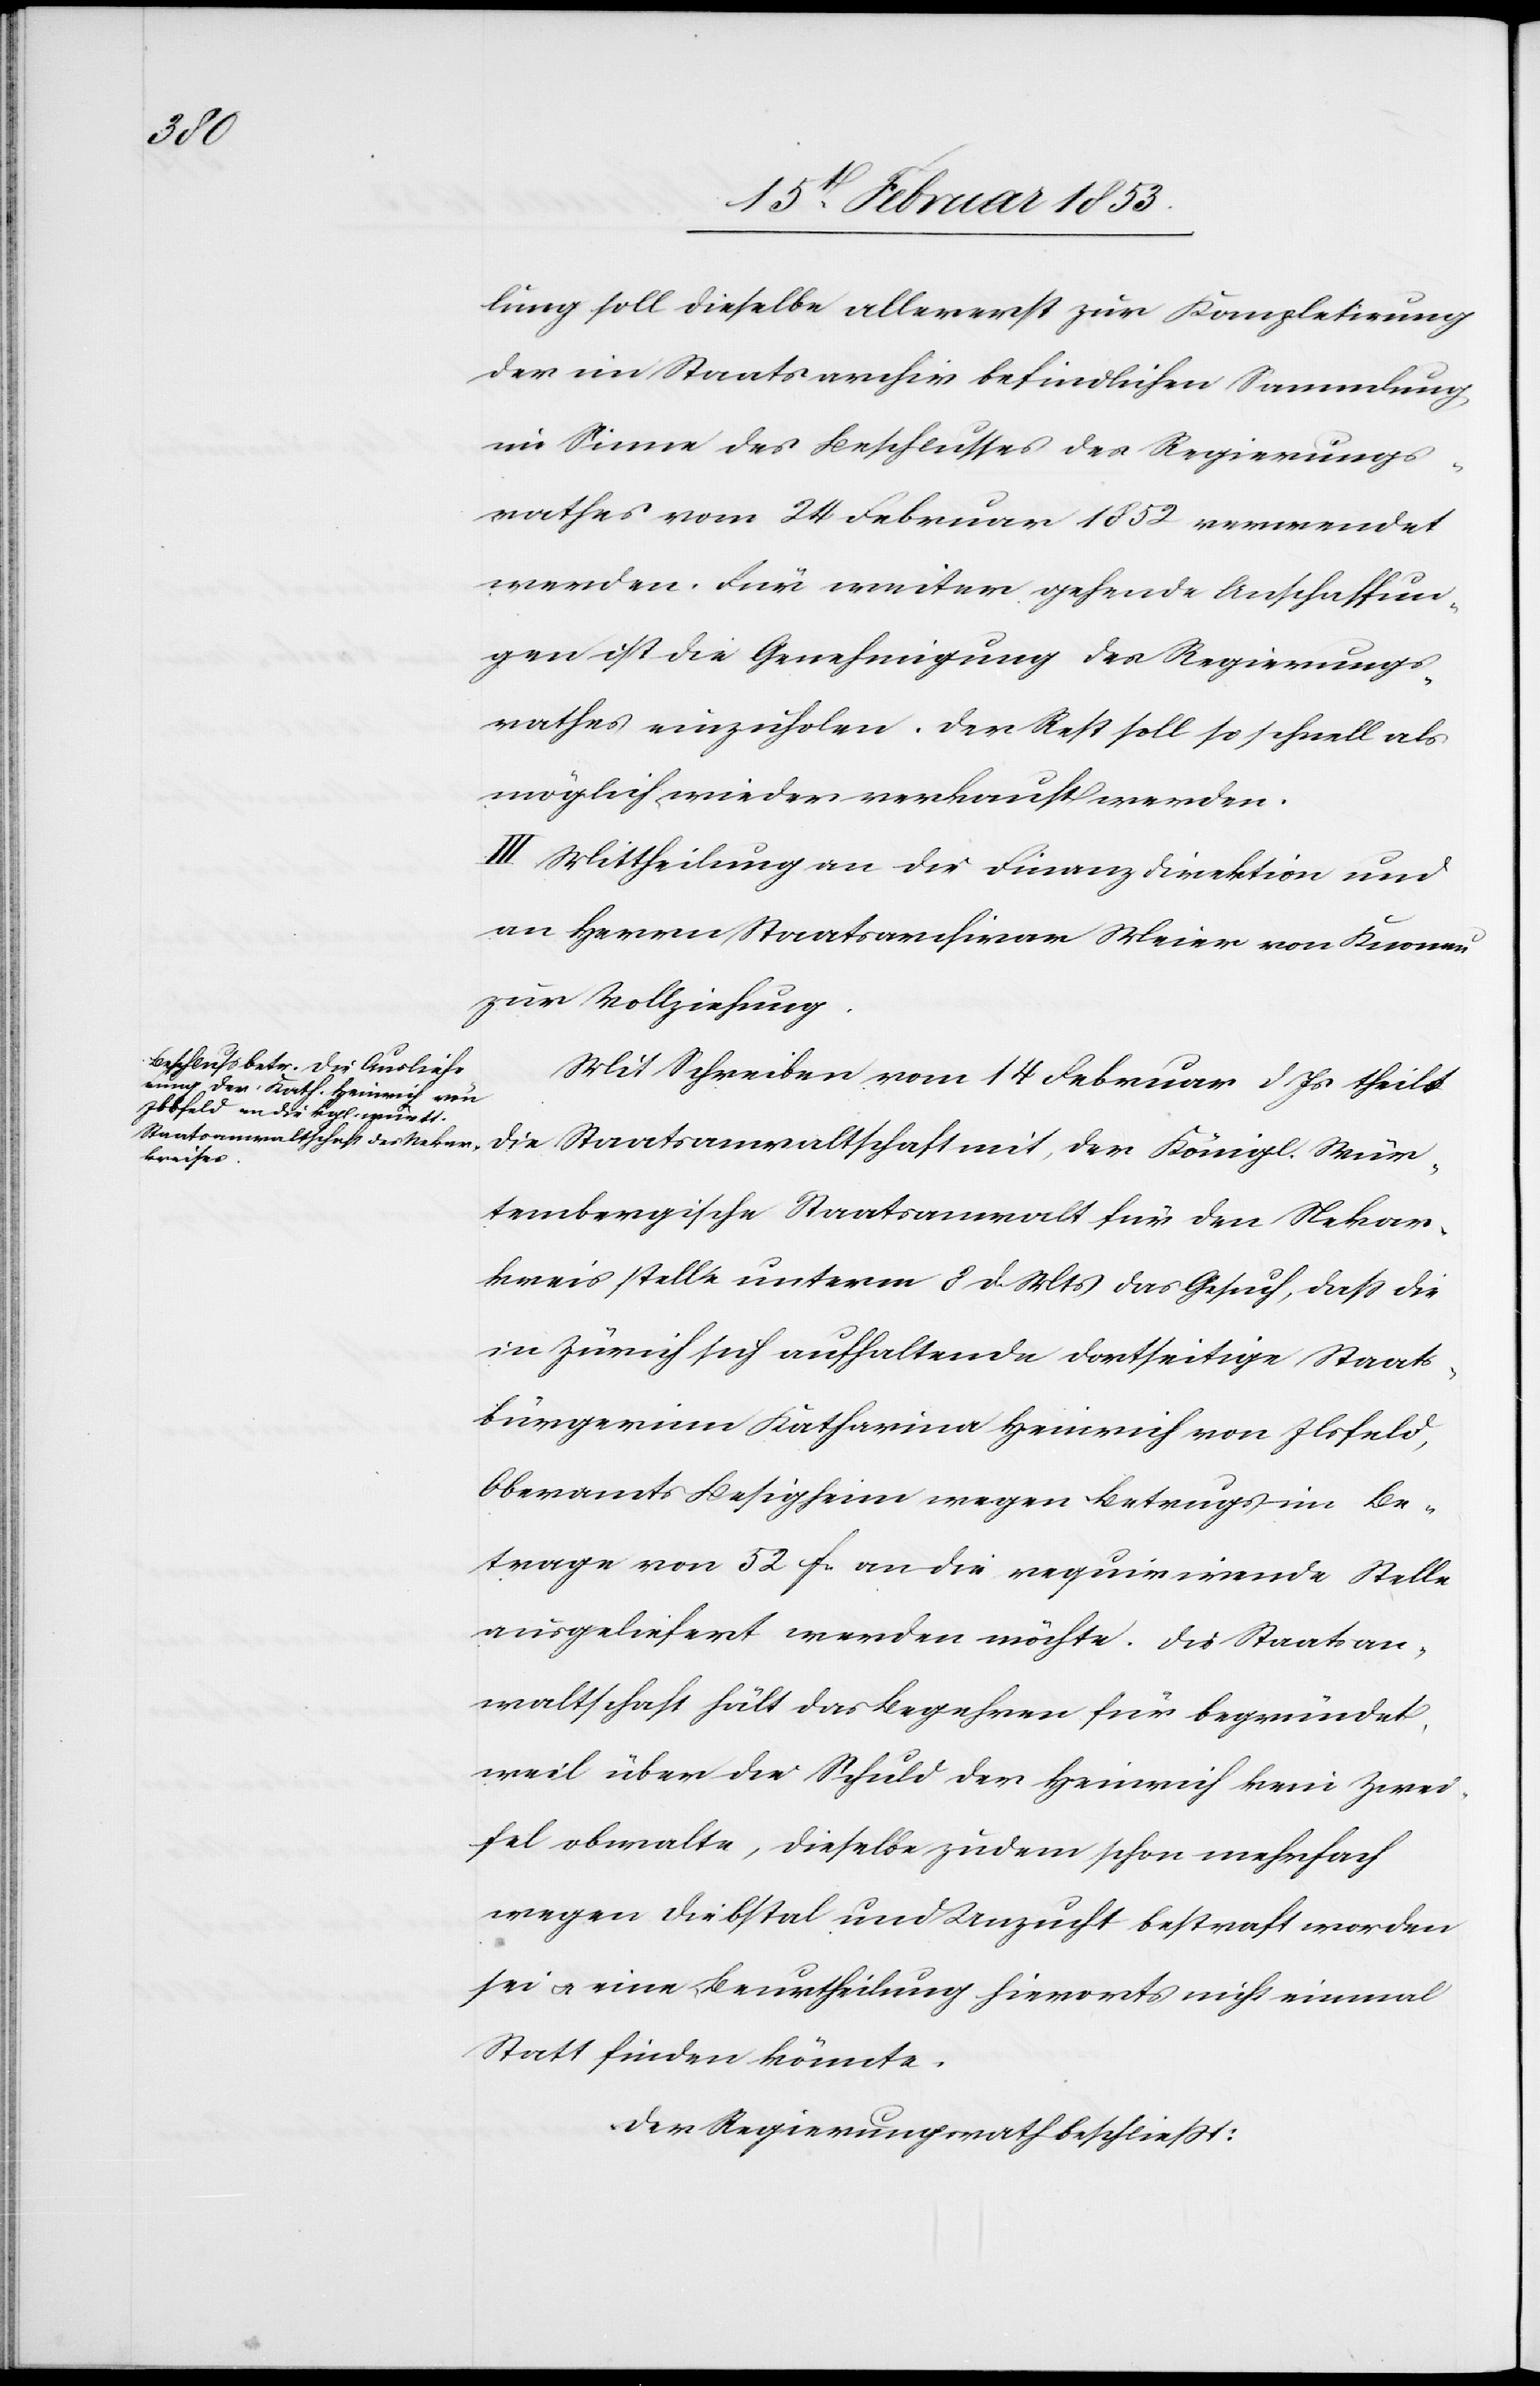
Wür¬

lung soll dieselbe allererst zur Kompletirung
der im Staatsarchiv befindlichen Sammlung
im Sinne des Beschlusses des Regierungs¬
rathes vom 24 Februar 1852 verwendet
werden. Für weiter gehende Anschaffun¬
gen ist die Genehmigung des Regierungs¬
rathes einzuholen. Der Rest soll so schnell als
möglich wieder verkauft werden.
III. Mittheilung an die Finanzdirektion und
an Herrn Staatsarchivar Meier von Knonau
zur Vollziehung.
Mit Schreiben vom 14 Februar d. Js. theilt
tembergische [sic!] Staatsanwalt für den Nekar¬
kreis stelle unterm 8 d. Mts. das Gesuch, daß die
in Zürich sich aufhaltende dortseitige Staats¬
bürgerinn Katharina Heinrich von Ilsfeld,
Oberamt Besigheim wegen Betrugs im Be¬
trage von 52 fr. an die requirirende Stelle
ausgeliefert werden möchte. Die Staatsan¬
waltschaft hält das Begehren für begründet,
weil über die Schuld der Heinrich kein Zwei¬
fel obwalte, dieselbe zudem schon mehrfach
wegen Diebstahls und Unzucht bestraft worden
sei u. eine Beurtheilung hierorts nicht einmal
Statt finden könnte.
Der Regierungsrath beschließt: